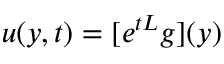
u ( y , t ) = [ e ^ { t { \cal L } } g ] ( y )